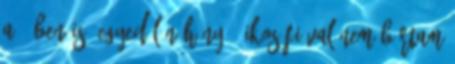
a 7-ben is, egyedül néhány 8-ikos fiúval nem bírtam